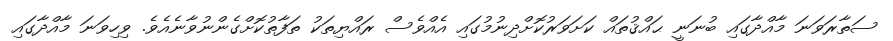
ސަތާރަވަނަ މާއްދާގައި ބުނަނީ ޙައްޤުތައް ކަށަވަރުކޮށްދިނުމުގައި އެއްވެސް ރައްޔިތަކު ތަފާތުކޮށްގެންނުވާނެއެވެ. ވިހިވަނަ މާއްދާގައި